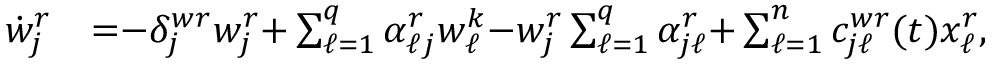
\begin{array} { r l } { \dot { w } _ { j } ^ { r } } & { { = } { - } \delta _ { j } ^ { w r } w _ { j } ^ { r } { + } \textstyle \sum _ { \ell = 1 } ^ { q } \alpha _ { \ell j } ^ { r } w _ { \ell } ^ { k } { - } w _ { j } ^ { r } \textstyle \sum _ { \ell = 1 } ^ { q } \alpha _ { j \ell } ^ { r } { + } \textstyle \sum _ { \ell = 1 } ^ { n } c _ { j \ell } ^ { w r } ( t ) x _ { \ell } ^ { r } , } \end{array}